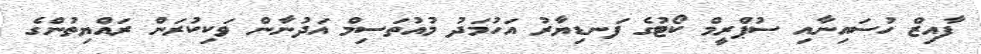
ފާއިޒް ހުސައިނާއި ސުޕްރީމް ކޯޓުގެ ފަނޑިޔާރު އަހުމަދު މުއުތަސިމް އަދުނާން ވަކިކުރަން ރައްޔިތުންގެ